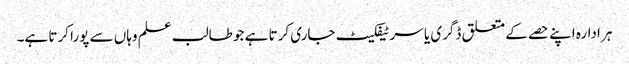
ہر ادارہ اپنے حصے کے متعلق ڈگری یا سرٹیفکیٹ جاری کرتا ہے جو طالب علم وہاں سے پورا کرتا ہے۔